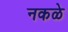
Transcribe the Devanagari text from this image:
नकळे